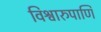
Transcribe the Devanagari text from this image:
विश्वारुपाणि